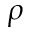
\rho